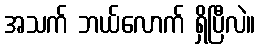
အသက် ဘယ်လောက် ရှိပြီလဲ။